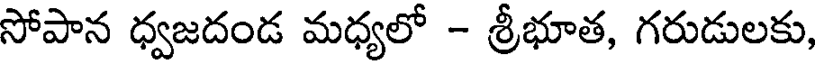
సోపాన ధ్వజదండ మధ్యలో - శ్రీభూత, గరుడులకు,